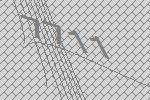
7711